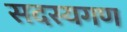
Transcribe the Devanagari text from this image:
सदस्‍यगण